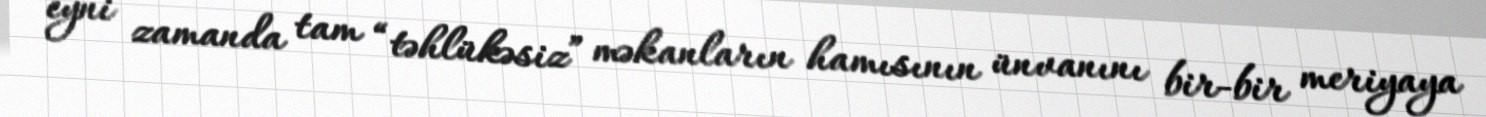
eyni zamanda tam “təhlükəsiz” məkanların hamısının ünvanını bir-bir meriyaya